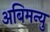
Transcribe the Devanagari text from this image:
अबिमन्यु